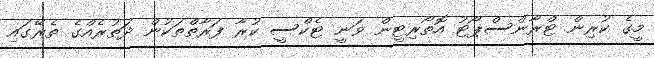
މީގެ ކުރިން ޓްރާންސްޕޯޓު އޮތޯރިޓީން ވަނީ ޓެކްސީ ކުރާ ފަރާތްތަކުން ދަތުރެއްގެ ތެރޭގައި